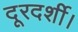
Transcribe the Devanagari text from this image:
दूरदर्शी।